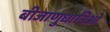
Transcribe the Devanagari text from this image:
बीजाणुधानिओं